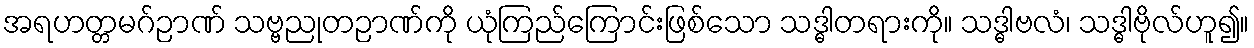
အရဟတ္တမဂ်ဉာဏ် သဗ္ဗညုတဉာဏ်ကို ယုံကြည်ကြောင်းဖြစ်သော သဒ္ဓါတရားကို။ သဒ္ဓါဗလံ၊ သဒ္ဓါဗိုလ်ဟူ၍။